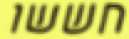
חששו